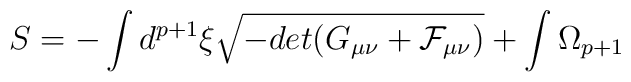
S=-\int d^{p+1}\xi \sqrt{-det(G_{\mu\nu}+{\cal F}_{\mu\nu})}+ \int\Omega_{p+1}